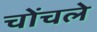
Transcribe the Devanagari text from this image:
चोंचले